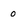
Character: 0